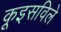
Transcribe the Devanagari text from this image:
कूइसविले